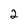
Character: 2